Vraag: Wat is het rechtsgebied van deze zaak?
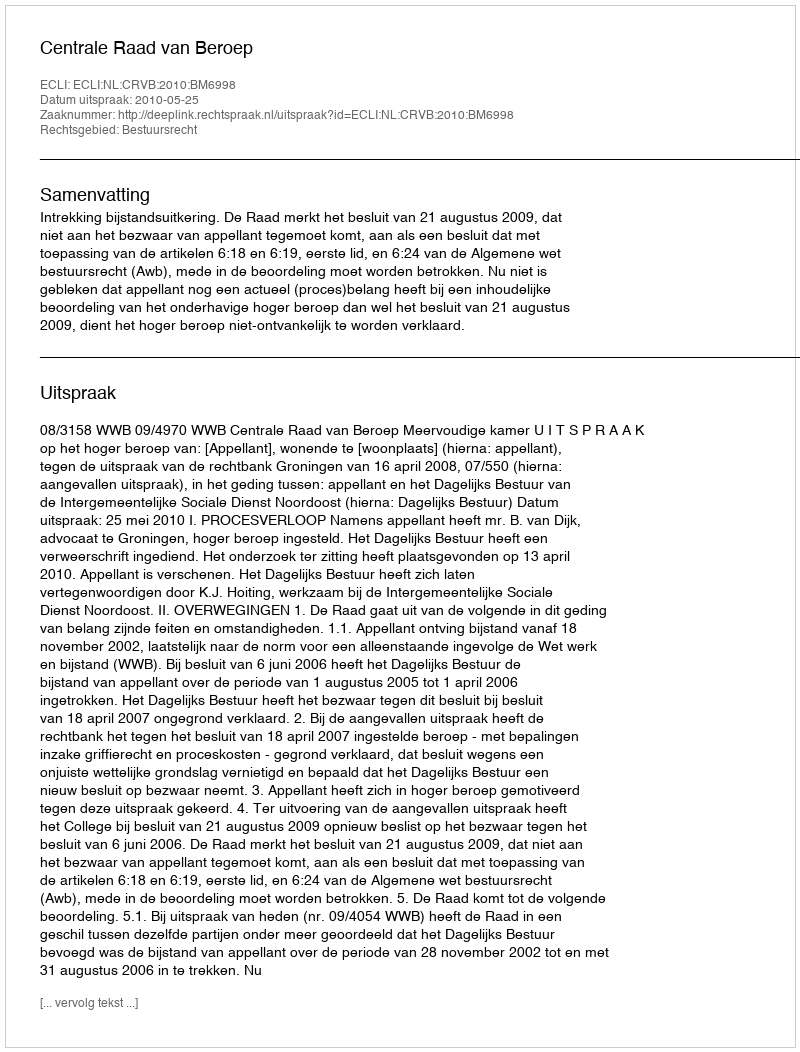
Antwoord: Bestuursrecht